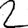
Digit: 2